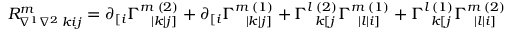
R _ { \nabla ^ { 1 } \nabla ^ { 2 } \; k i j } ^ { m } = \partial _ { [ i } \Gamma _ { \; \; \; | k | j ] } ^ { m \; ( 2 ) } + \partial _ { [ i } \Gamma _ { \; \; \; | k | j ] } ^ { m \; ( 1 ) } + \Gamma _ { \; \; k [ j } ^ { l \; ( 2 ) } \Gamma _ { \; \; | l | i ] } ^ { m \; ( 1 ) } + \Gamma _ { \; \; k [ j } ^ { l \; ( 1 ) } \Gamma _ { \; \; | l | i ] } ^ { m \; ( 2 ) }